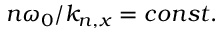
n \omega _ { 0 } / k _ { n , x } = c o n s t .